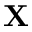
\textbf X